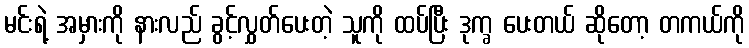
မင်းရဲ့ အမှားကို နားလည် ခွင့်လွှတ်ပေးတဲ့ သူကို ထပ်ပြီး ဒုက္ခ ပေးတယ် ဆိုတော့ တကယ်ကို